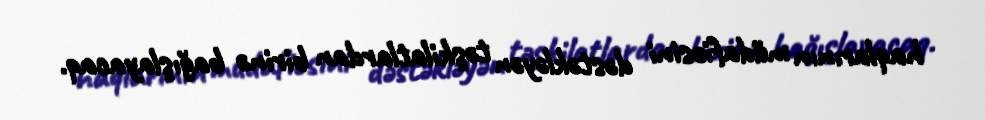
haqlarının müdafiəsini dəstəkləyən təşkilatlardan birinə bağışlayacaq.